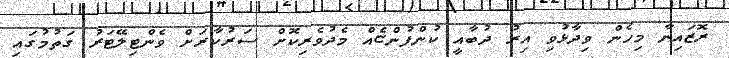
ރޮޒައިނާ މިހެން ވިދާޅުވި އިރު ދުބާއީ ކުންފުންޏެއް މެދުވެރިކޮށް ސަރުކާރަށް ވެންޓިލޭޓަރު ގަތުމުގައި